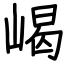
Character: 嵑